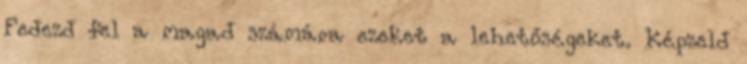
Fedezd fel a magad számára ezeket a lehetőségeket. Képzeld